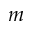
m